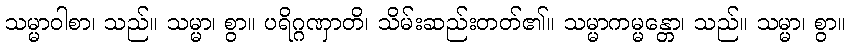
သမ္မာဝါစာ၊ သည်။ သမ္မာ၊ စွာ။ ပရိဂ္ဂဏှာတိ၊ သိမ်းဆည်းတတ်၏။ သမ္မာကမ္မန္တော၊ သည်။ သမ္မာ၊ စွာ။